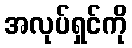
အလုပ်ရှင်ကို